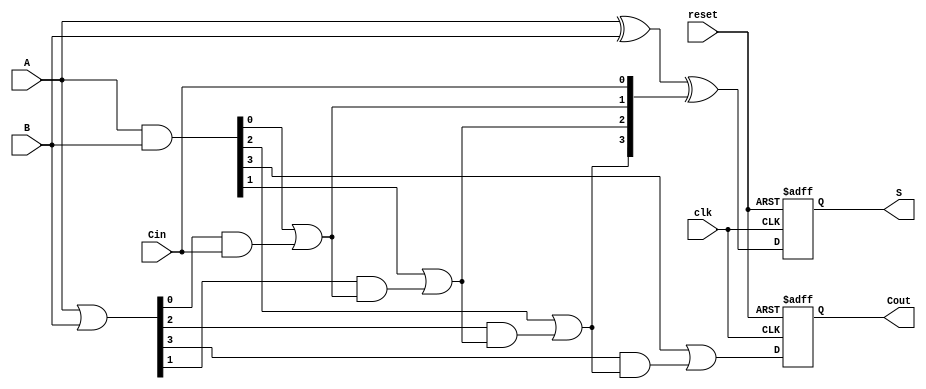
module PCLA #(
    parameter N = 4  // Number of bits
) (
    input wire [N-1:0] A,      // First n-bit input
    input wire [N-1:0] B,      // Second n-bit input
    input wire Cin,             // Carry-in
    input wire clk,             // Clock signal
    input wire reset,           // Reset signal
    output reg [N-1:0] S,       // n-bit sum output
    output reg Cout             // Carry-out
);

    // Intermediate signals
    wire [N-1:0] G;  // Generate signals
    wire [N-1:0] P;  // Propagate signals
    wire [N-1:0] C;  // Carry signals

    // Stage 1: Compute Generate and Propagate signals
    assign G = A & B;       // Generate
    assign P = A | B;       // Propagate

    // Stage 2: Compute carries based on G and P
    assign C[0] = G[0] | (P[0] & Cin);
    
    genvar i;
    generate
        for (i = 1; i < N; i = i + 1) begin : carry_gen
            assign C[i] = G[i] | (P[i] & C[i-1]);
        end
    endgenerate
    
    // Stage 3: Compute the final sum
    always @(posedge clk or posedge reset) begin
        if (reset) begin
            S <= 0;
            Cout <= 0;
        end else begin
            S <= A ^ B ^ {C[N-2:0], Cin};  // Final sum logic
            Cout <= C[N-1];  // Final carry-out
        end
    end

endmodule